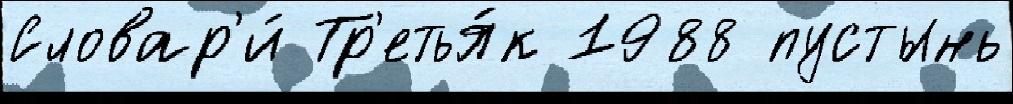
Словар'и́ Тр'етья́к 1988 пустынь